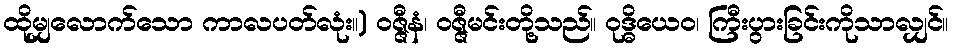
ထိုမျှလောက်သော ကာလပတ်လုံး။) ဝဇ္ဇီနံ၊ ဝဇ္ဇီမင်းတို့သည်။ ဝုဒ္ဓိယေဝ၊ ကြီးပွားခြင်းကိုသာလျှင်။